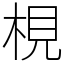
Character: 梘